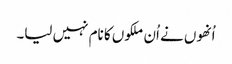
اُنھوں نے اُن ملکوں کا نام نہیں لیا۔